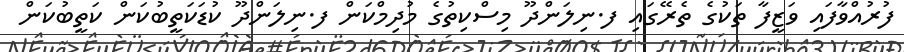
ފުރުއްވާފައި ވަޒީފާ ތަކުގެ ތެރޭގައި ފ.ނިލަންދޫ މިސްކިތުގެ މުދިމްކަން ފ.ނިލަންދޫ ކުޑަކަތީބުކަން ކަތީބުކަން